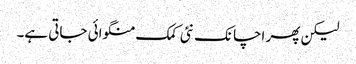
لیکن پھر اچانک نئی کمک منگوائی جاتی ہے۔